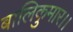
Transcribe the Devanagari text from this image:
बालिकुमार।।